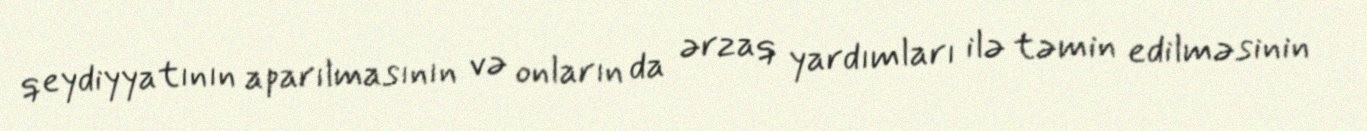
qeydiyyatının aparılmasının və onların da ərzaq yardımları ilə təmin edilməsinin